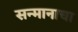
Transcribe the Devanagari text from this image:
सन्मानाचा